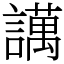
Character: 䜕